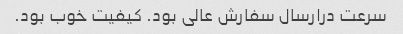
سرعت درارسال سفارش عالی بود. کیفیت خوب بود.